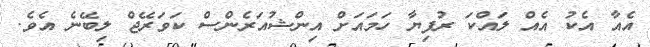
އެއާ އެކު އެއް ލައްކަ ރުފިޔާ ހަމައަށް އިންޝުއަރެންސް ކަވަރޭޖް ލިބޭނެ އެވެ.